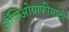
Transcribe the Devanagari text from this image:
अँजिओग्राफीसाठी